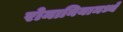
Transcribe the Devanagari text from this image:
रोमानियामध्ये